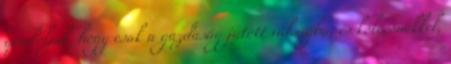
gondolják, hogy csak a gazdaság jutott válságba, és kölcsönökkel,